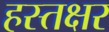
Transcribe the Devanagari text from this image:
हस्तक्षर